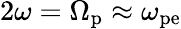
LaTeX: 2\omega=\Omega_{\mathrm{p}}\approx\omega_{\mathrm{pe}}